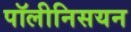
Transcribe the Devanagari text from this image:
पॉलीनिसयन